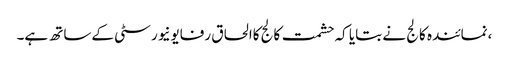
،نمائندہ کالج نے بتایا کہ حشمت کالج کاالحاق رفایونیورسٹی کےساتھ ہے۔